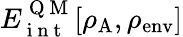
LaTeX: E_{\mathrm{~i~n~t~}}^{\mathrm{~Q~M~}}[\rho_{\mathrm{A}},\rho_{\mathrm{env}}]